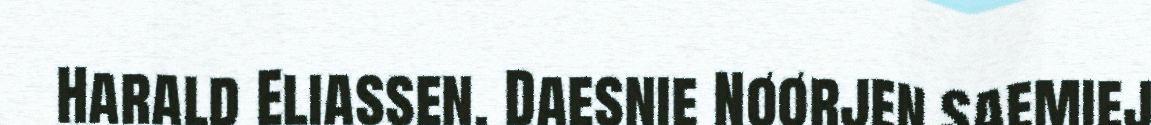
Harald Eliassen. Daesnie Nøørjen Saemiej